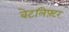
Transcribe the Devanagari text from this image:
वेटलिफ़्टर